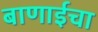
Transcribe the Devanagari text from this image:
बाणाईचा